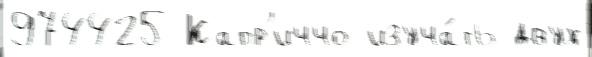
974425 Капр'иччо изуча́ть двух